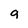
Character: 9